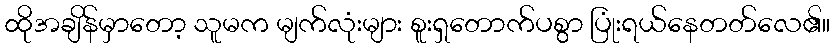
ထိုအချိန်မှာတော့ သူမက မျက်လုံးများ စူးရှတောက်ပစွာ ပြုံးရယ်နေတတ်လေ၏။